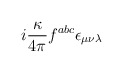
\begin{align*}i\frac{\kappa}{4\pi}f^{abc}\epsilon_{\mu \nu \lambda}\end{align*}